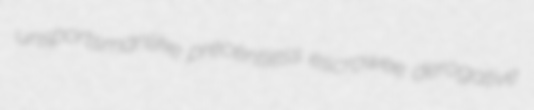
unsportsmanlike precentless escrowee derogative